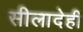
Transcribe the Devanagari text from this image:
सीलादेही